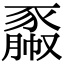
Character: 𧱯